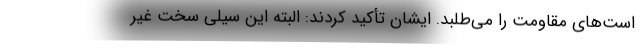
است‌های مقاومت را می‌طلبد. ایشان تأکید کردند: البته این سیلی سخت غیر